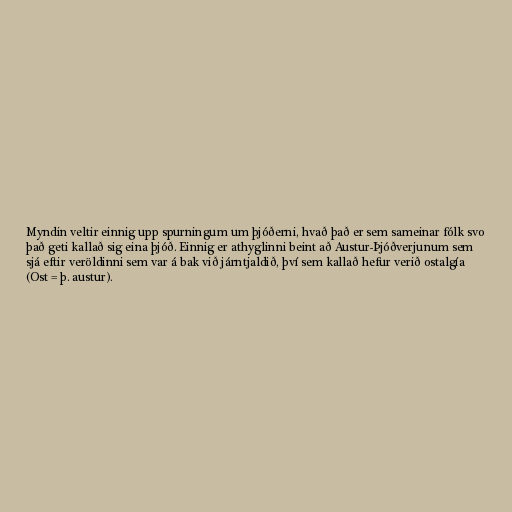
Myndin veltir einnig upp spurningum um þjóðerni, hvað það er sem sameinar fólk svo
það geti kallað sig eina þjóð. Einnig er athyglinni beint að Austur-Þjóðverjunum sem
sjá eftir veröldinni sem var á bak við járntjaldið, því sem kallað hefur verið ostalgía
(Ost = þ. austur).